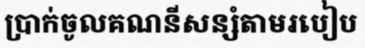
ប្រាក់ចូលគណនីសន្សំតាមរបៀប